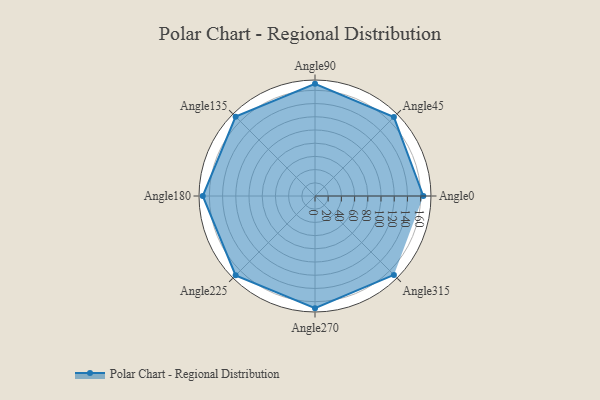
{"axis": {"x": "Angle", "y": "Radius"}, "legend": [""], "data": [{"x": "Angle0", "y": 164.0, "type": ""}, {"x": "Angle45", "y": 169.0, "type": ""}, {"x": "Angle90", "y": 170, "type": ""}, {"x": "Angle135", "y": 170.0, "type": ""}, {"x": "Angle180", "y": 170, "type": ""}, {"x": "Angle225", "y": 170, "type": ""}, {"x": "Angle270", "y": 170, "type": ""}, {"x": "Angle315", "y": 169.0, "type": ""}]}